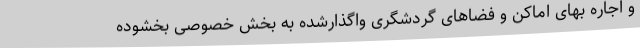
و اجاره بهای اماکن و فضاهای گردشگری واگذارشده به بخش خصوصی بخشوده